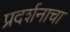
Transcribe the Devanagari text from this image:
प्रदर्शनाचा